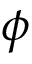
\phi